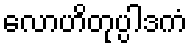
လောဟိတုပ္ပါဒကံ